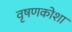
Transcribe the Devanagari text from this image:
वृषणकोशा